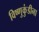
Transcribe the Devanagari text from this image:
विष्णुकुंडीना